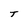
Character: T